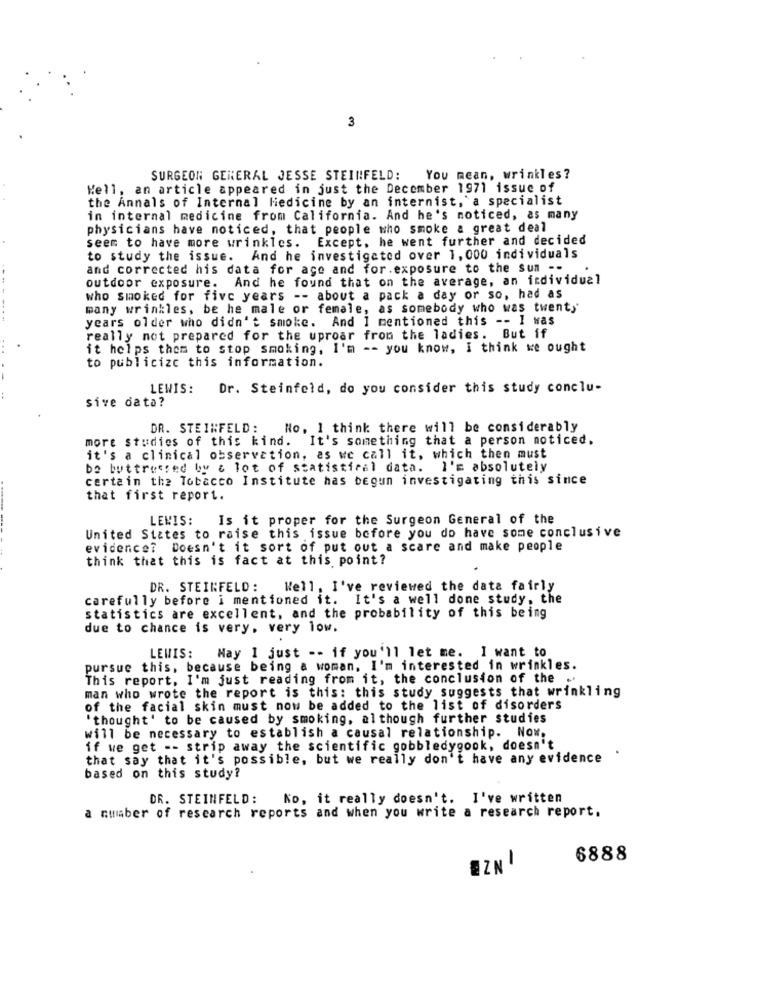
3
SURGEON GENERAL JESSE STEINFELD: You mean, wrinkles?
Well, an article appeared in just the December 1971 issue of
the Annals of Internal Medicine by an internist, a specialist
in internal medicine from California. And he's noticed, as many
physicians have noticed, that people who smoke a great deal
seem to have more wrinkles. Except, he went further and decided
to study the issue. And he investigated over 1, 000 individuals
and corrected his data for age and for.exposure to the sun --
outdoor exposure. And he found that on the average, an individual
who smoked for five years -- about a pack a day or so, had as
many wrinkles, be he male or female, as somebody who was twenty
years older who didn't smoke. And I mentioned this -- I was
really not prepared for the uproar from the ladies. But if
it helps them to stop smoking, I'm -- you know, I think we ought
to publicize this information.
LEWIS:
Dr. Steinfeld, do you consider this study conclu-
sive data?
DR. STEINFELD:
No, I think there will be considerably
more studies of this kind. It's something that a person noticed,
it's a clinical observation, as we call it, which then must
be buttressed by & lot of statistical data. I'm absolutely
certain the Tobacco Institute has begun investigating this since
that first report.
LENIS:
Is it proper for the Surgeon General of the
United States to raise this issue before you do have some conclusive
evidence? Doesn't it sort of put out a scare and make people
think that this is fact at this point?
DR. STEINFELD :
Well, I've reviewed the data fairly
carefully before i mentioned it. It's a well done study, the
statistics are excellent, and the probability of this being
due to chance is very, very low.
LEWIS: May 1 just -- if you'll let me. I want to
pursue this, because being a woman, I'm interested in wrinkles.
This report, I'm just reading from it, the conclusion of the .
man who wrote the report is this: this study suggests that wrinkling
of the facial skin must now be added to the list of disorders
'thought' to be caused by smoking, although further studies
will be necessary to establish a causal relationship. Now.
if we get -- strip away the scientific gobbledygook, doesn't
that say that it's possible, but we really don't have any evidence
based on this study?
DR. STEINFELD:
No, it really doesn't. I've written
a number of research reports and when you write a research report.
6888
EZNI